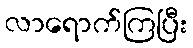
လာရောက်ကြပြီး